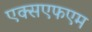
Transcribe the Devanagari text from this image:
एक्सएफएम